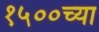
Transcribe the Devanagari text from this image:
१५००च्या